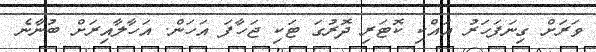
ވަރަށް ގިނަފަހަރު އައްކި ކޮޓަރި ދޮރުގަ ޓަކި ޖަހާފަ އަހަން. އަހާލާއިރަށް ބުނާނެ